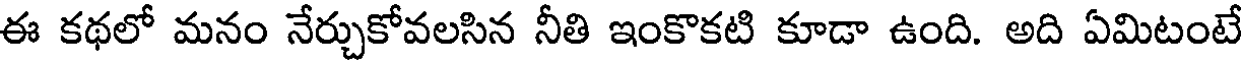
ఈ కథలో మనం నేర్చుకోవలసిన నీతి ఇంకొకటి కూడా ఉంది. అది ఏమిటంటే